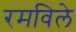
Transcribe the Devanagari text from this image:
रमविले